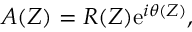
A ( Z ) = R ( Z ) \mathrm { e } ^ { i \theta ( Z ) } ,